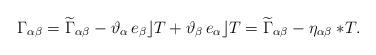
LaTeX: \begin{align*}\Gamma_{\alpha\beta} =\widetilde{\Gamma}_{\alpha\beta} - \vartheta_\alpha\,e_\beta\rfloor T + \vartheta_\beta\,e_\alpha\rfloor T =\widetilde{\Gamma}_{\alpha\beta}-\eta_{\alpha\beta}\ast\! T.\end{align*}